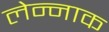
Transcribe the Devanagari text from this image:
लेन्नाक